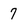
Character: 7